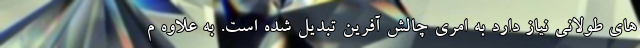
های طولانی نیاز دارد به امری چالش آفرین تبدیل شده است. به علاوه م